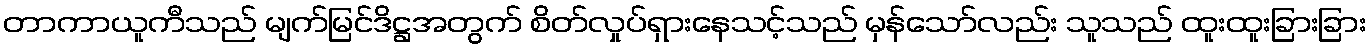
တာကာယူကီသည် မျက်မြင်ဒိဋ္ဌအတွက် စိတ်လှုပ်ရှားနေသင့်သည် မှန်သော်လည်း သူသည် ထူးထူးခြားခြား